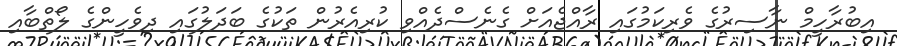
އިބުރާހީމް ނާސިރުގެ ވެރިކަމުގައި ރާއްޖެއަށް ގެނެސްދެއްވި ކުރިއެރުން ތަކުގެ ބަދަލުގައި ދިވެހީންގެ ލޯތްބާއި